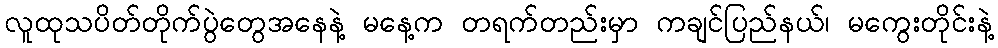
လူထုသပိတ်တိုက်ပွဲတွေအနေနဲ့ မနေ့က တရက်တည်းမှာ ကချင်ပြည်နယ်၊ မကွေးတိုင်းနဲ့